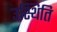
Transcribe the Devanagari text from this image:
उस्थिति